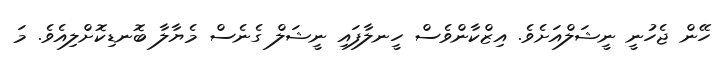
ހޭން ޖެހުނީ ނީޝަލްއަށެވެ. އިޒްކާންވެސް ހީނލާފައި ނީޝަލް ގެނެސް މެޔާލާ ބޮނޑިކޮށްލިއެވެ. މަ